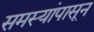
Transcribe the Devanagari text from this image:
समस्यांपासून